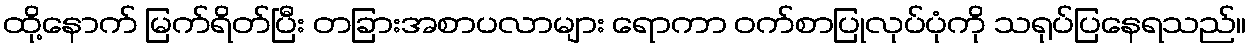
ထို့နောက် မြက်ရိတ်ပြီး တခြားအစာပလာများ ရောကာ ဝက်စာပြုလုပ်ပုံကို သရုပ်ပြနေရသည်။